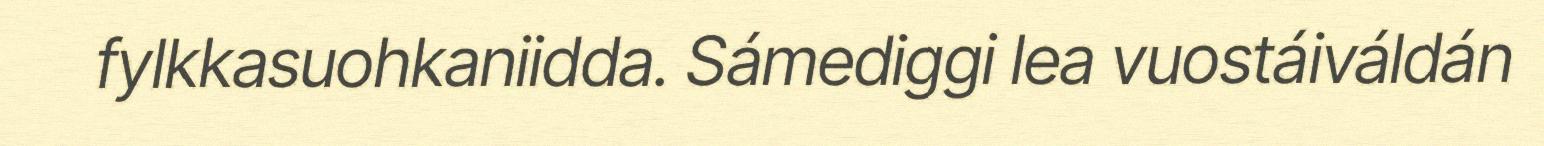
fylkkasuohkaniidda. Sámediggi lea vuostáiváldán